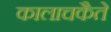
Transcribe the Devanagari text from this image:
कालाचकैते